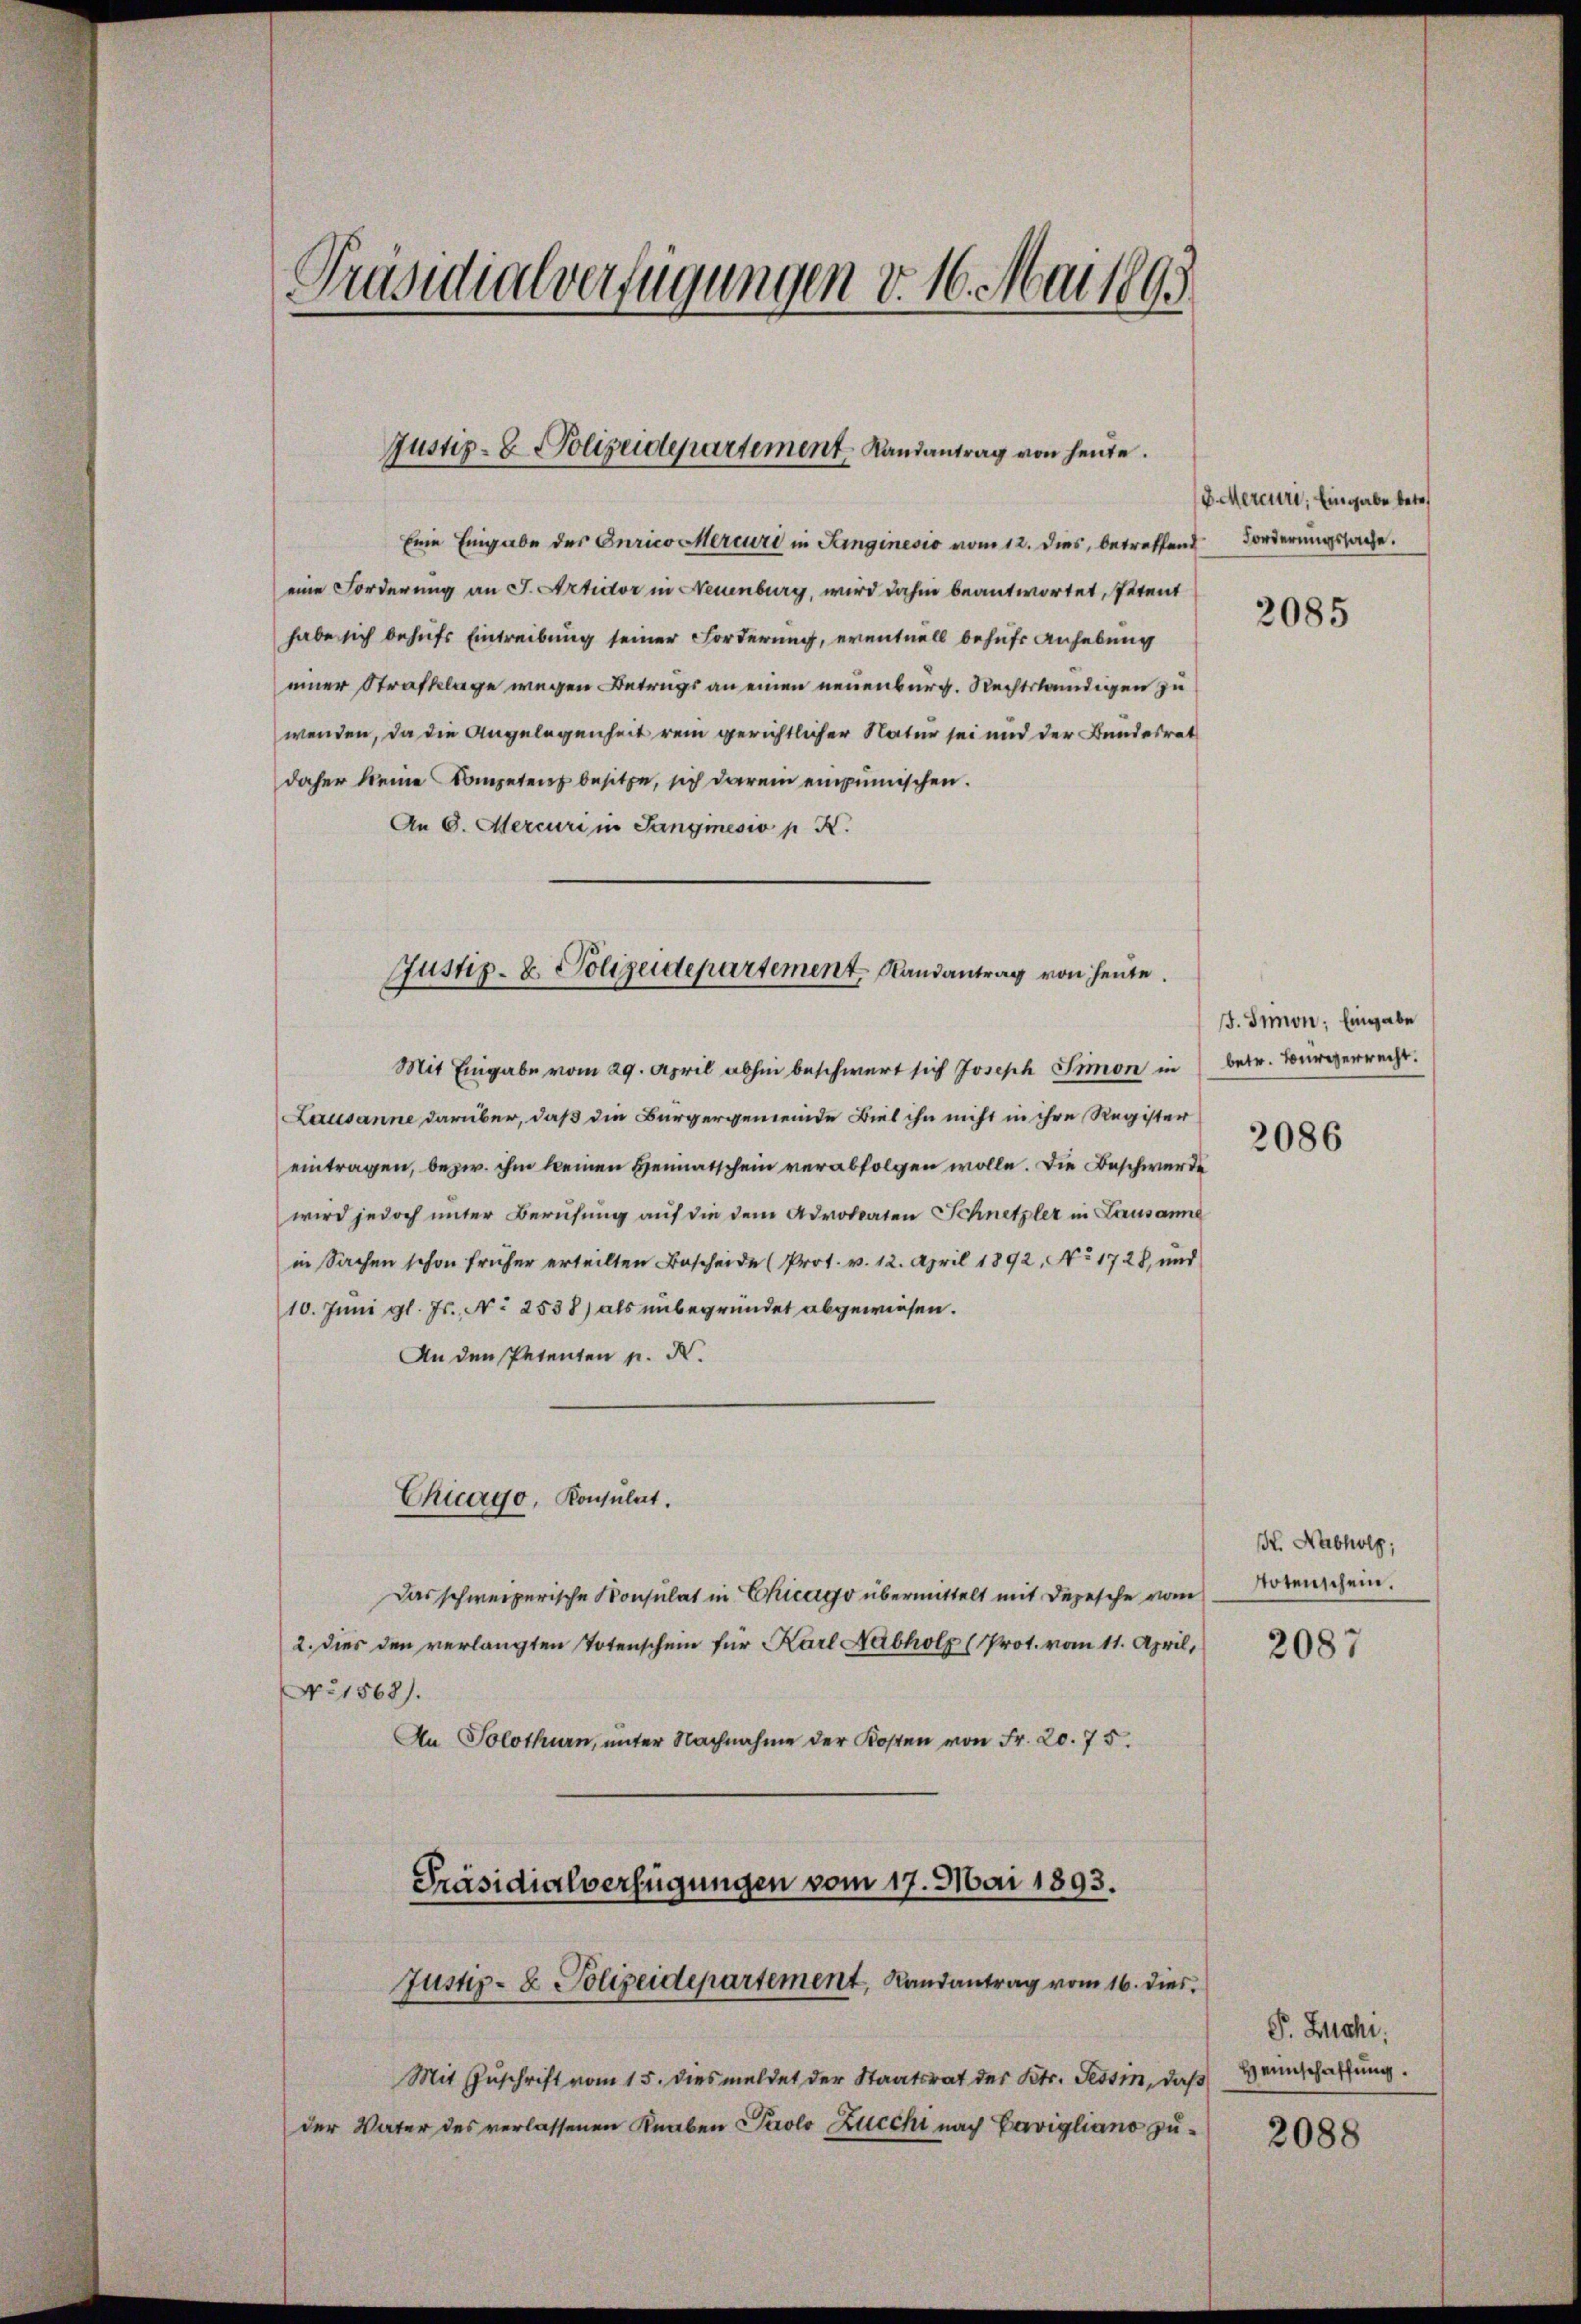
Präsidialverfügungen v. 16. Mai 1893

Justiz- & Polizeidepartement Landantrag von heute.

Justiz- & Polizeidepartement Randantrag von heute.

Eine Eingabe des Curico Mercuri in Sanginesis vom 12. dies, betreffend Forderungssache.
eine Forderung an J. Artictor in Neuenburg, wird dahin beantwortet, Petent
habe sich behufs Eintreibung seiner Forderung, eventuell behufs Anhebung
einer Strafklage wegen Betrags an einen neuenburg. Rechtständigen zu
wenden, da die Angelegenheit rein gerichtlicher Natur sei und der Bundesrat
daher keine Competenz besitze, sich darein empimischen.
An 6. Mercuri in Sangmesio p K.

Chicago, Konsulat.

Mit Eingabe vom 29. April abhin beschwert sich Joseph Simon in
Lausanne darüber, daß die Bürgergemeinde Biel ihn nicht in ihre Register
eintragen, bezw. ihm keinen Heimatschein verabfolgen wolle. Die Beschwerde
wird jedoch unter Berufung auf die dem Advokaten Schnetzler in Lausanne
in Sachen schon früher erteilten Bescheide (Prot. v. 12. April 1892, No 1728, und
10. Juni gl. Js., N. 2538) als unbegründet abgewiesen.
An den Petenten u. K.
Das schweizerische Konsulat in Chicago übermittelt mit Depesche vom
2. Dies den verlangten Totenschein für Karl Habholz (Prot. vom 11. April,
No 1868).
An Solothurn, unter Nachnahme der Kosten von Fr. 20. 75.
Präsidialverfügungen vom 17. Mai 1893.
Justiz- & Polizeidepartement, Randantrag vom 16. dies
Mit Zuschrift vom 15. dies meldet der Staatsrat des Kts. Tessin, daß Bannschaffung.
der Vater des verlassenen Knaben Prolo Ziecht nach Carvigliano zu¬

(8. Mercuri; Eingabe betr.

2085

J. Simon, Eingabe
betr. Bürgerrecht.
2086

H. Nabholz,
Notenschein.

2087

P. Zucht.

2088